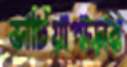
ভাটিয়াপাড়ার